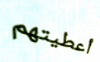
أعطيتهم